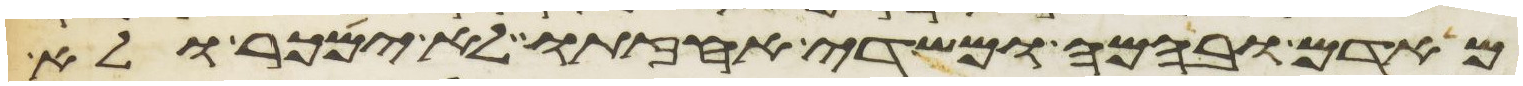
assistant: מאדם ובהמה ומשדה אחזתו לא ימכר ולא